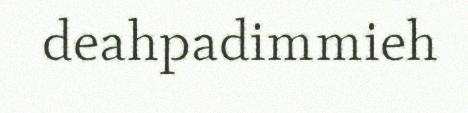
deahpadimmieh